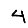
Digit: 4